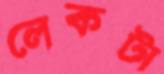
লেকটা